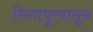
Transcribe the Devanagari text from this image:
सिंगापूरपासून